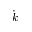
\dot { k }